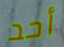
أحد